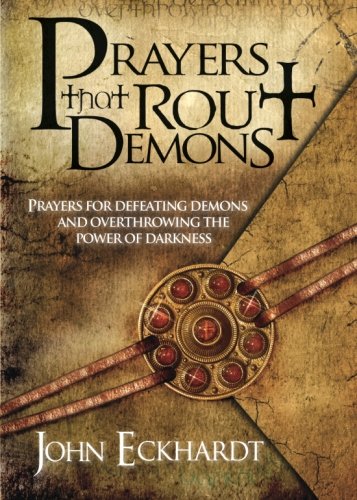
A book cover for Prayers That Rout Demons: Prayers for Defeating Demons and Overthrowing the Powers of Darkness; John Eckhardt; Christian Books & Bibles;